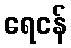
ရေငန်